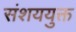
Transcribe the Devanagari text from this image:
संशययुक्त